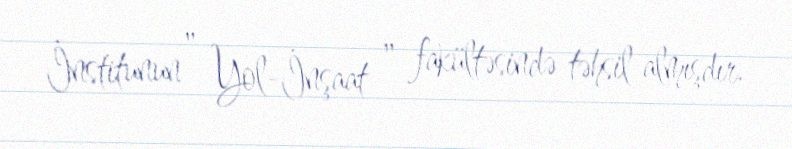
İnstitunun " Yol-İnşaat " fakültəsində təhsil almışdır.